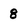
Character: 8